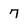
Character: 7